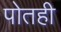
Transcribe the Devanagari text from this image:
पोतही